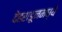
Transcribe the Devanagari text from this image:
देहराडूनमध्ये